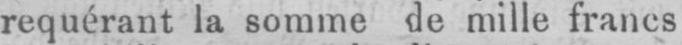
requérant la somme de mille francs